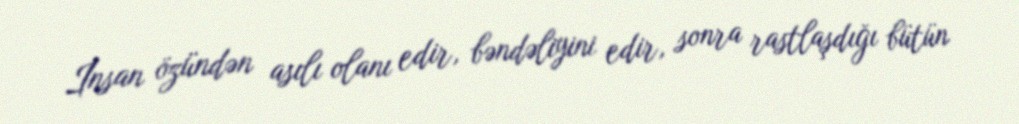
İnsan özündən asılı olanı edir, bəndəliyini edir, sonra rastlaşdığı bütün